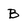
Character: B